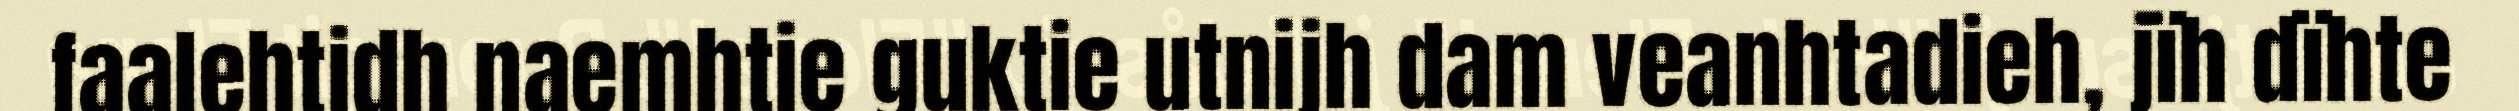
faalehtidh naemhtie guktie utnijh dam veanhtadieh, jïh dïhte